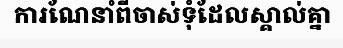
ការណែនាំពីចាស់ទុំដែលស្គាល់គ្នា